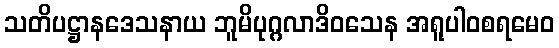
သတိပဋ္ဌာနဒေသနာယ ဘူမိပုဂ္ဂလာဒိဝသေန အရူပါဝစရမေဝ